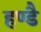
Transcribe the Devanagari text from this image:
हण्डै